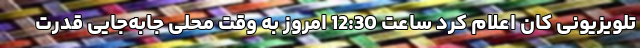
تلویزیونی کان اعلام کرد ساعت 12:30 امروز به وقت محلی جابه‌جایی قدرت